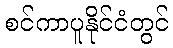
စင်ကာပူနိုင်ငံတွင်